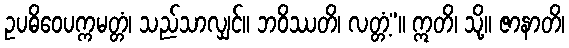
ဥပဓိဝေပက္ကမတ္တံ၊ သည်သာလျှင်။ ဘဝိဿတိ၊ လတ္တံ့”။ ဣတိ၊ သို့။ ဇာနာတိ၊